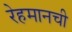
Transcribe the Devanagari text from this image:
रेहमानची